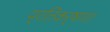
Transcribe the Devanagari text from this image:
प्रतिकर्षण।